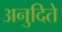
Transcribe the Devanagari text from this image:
अनुदिते